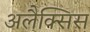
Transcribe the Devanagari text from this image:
अलैक्सिस